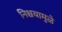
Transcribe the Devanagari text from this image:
निश्चयामुळे